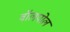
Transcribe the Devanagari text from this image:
वॉलपोल